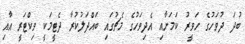
ބުދަ ދުވަހުގެ ހަވީރު ކަމަށާއި އެދިވަހުގެ މެޗުގައި ބައްދަލުކުރާ ދެޓީމަކީ ވިކްޓަރީ އާއި